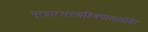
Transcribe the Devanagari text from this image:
पुरद्वारसंरुद्धदिक्पाललोके